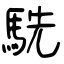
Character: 駪